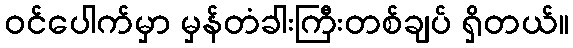
ဝင်ပေါက်မှာ မှန်တံခါးကြီးတစ်ချပ် ရှိတယ်။